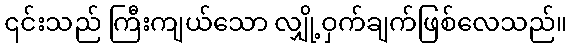
၎င်းသည် ကြီးကျယ်သော လျှို့ဝှက်ချက်ဖြစ်လေသည်။